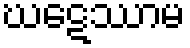
ဃဋေဿာမ